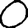
Digit: 0